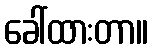
ခေါ်ထားတာ။